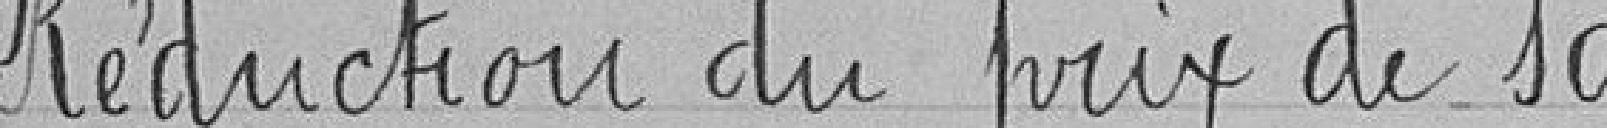
Réduction du prix de sa